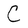
Character: C